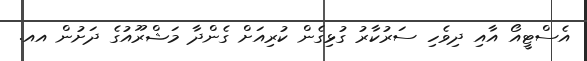
އެސްޓީއޯ އާއި ދިވެހި ސަރުކާރު ގުޅިގެން ކުރިއަށް ގެންދާ މަޝްރޫއުގެ ދަށުން އއ.